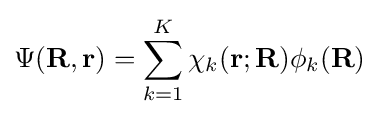
\Psi (\mathbf {R} ,\mathbf {r} )=\sum _{k=1}^{K}\chi _{k}(\mathbf {r} ;\mathbf {R} )\phi _{k}(\mathbf {R} )